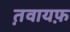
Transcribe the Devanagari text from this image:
त़वायफ़